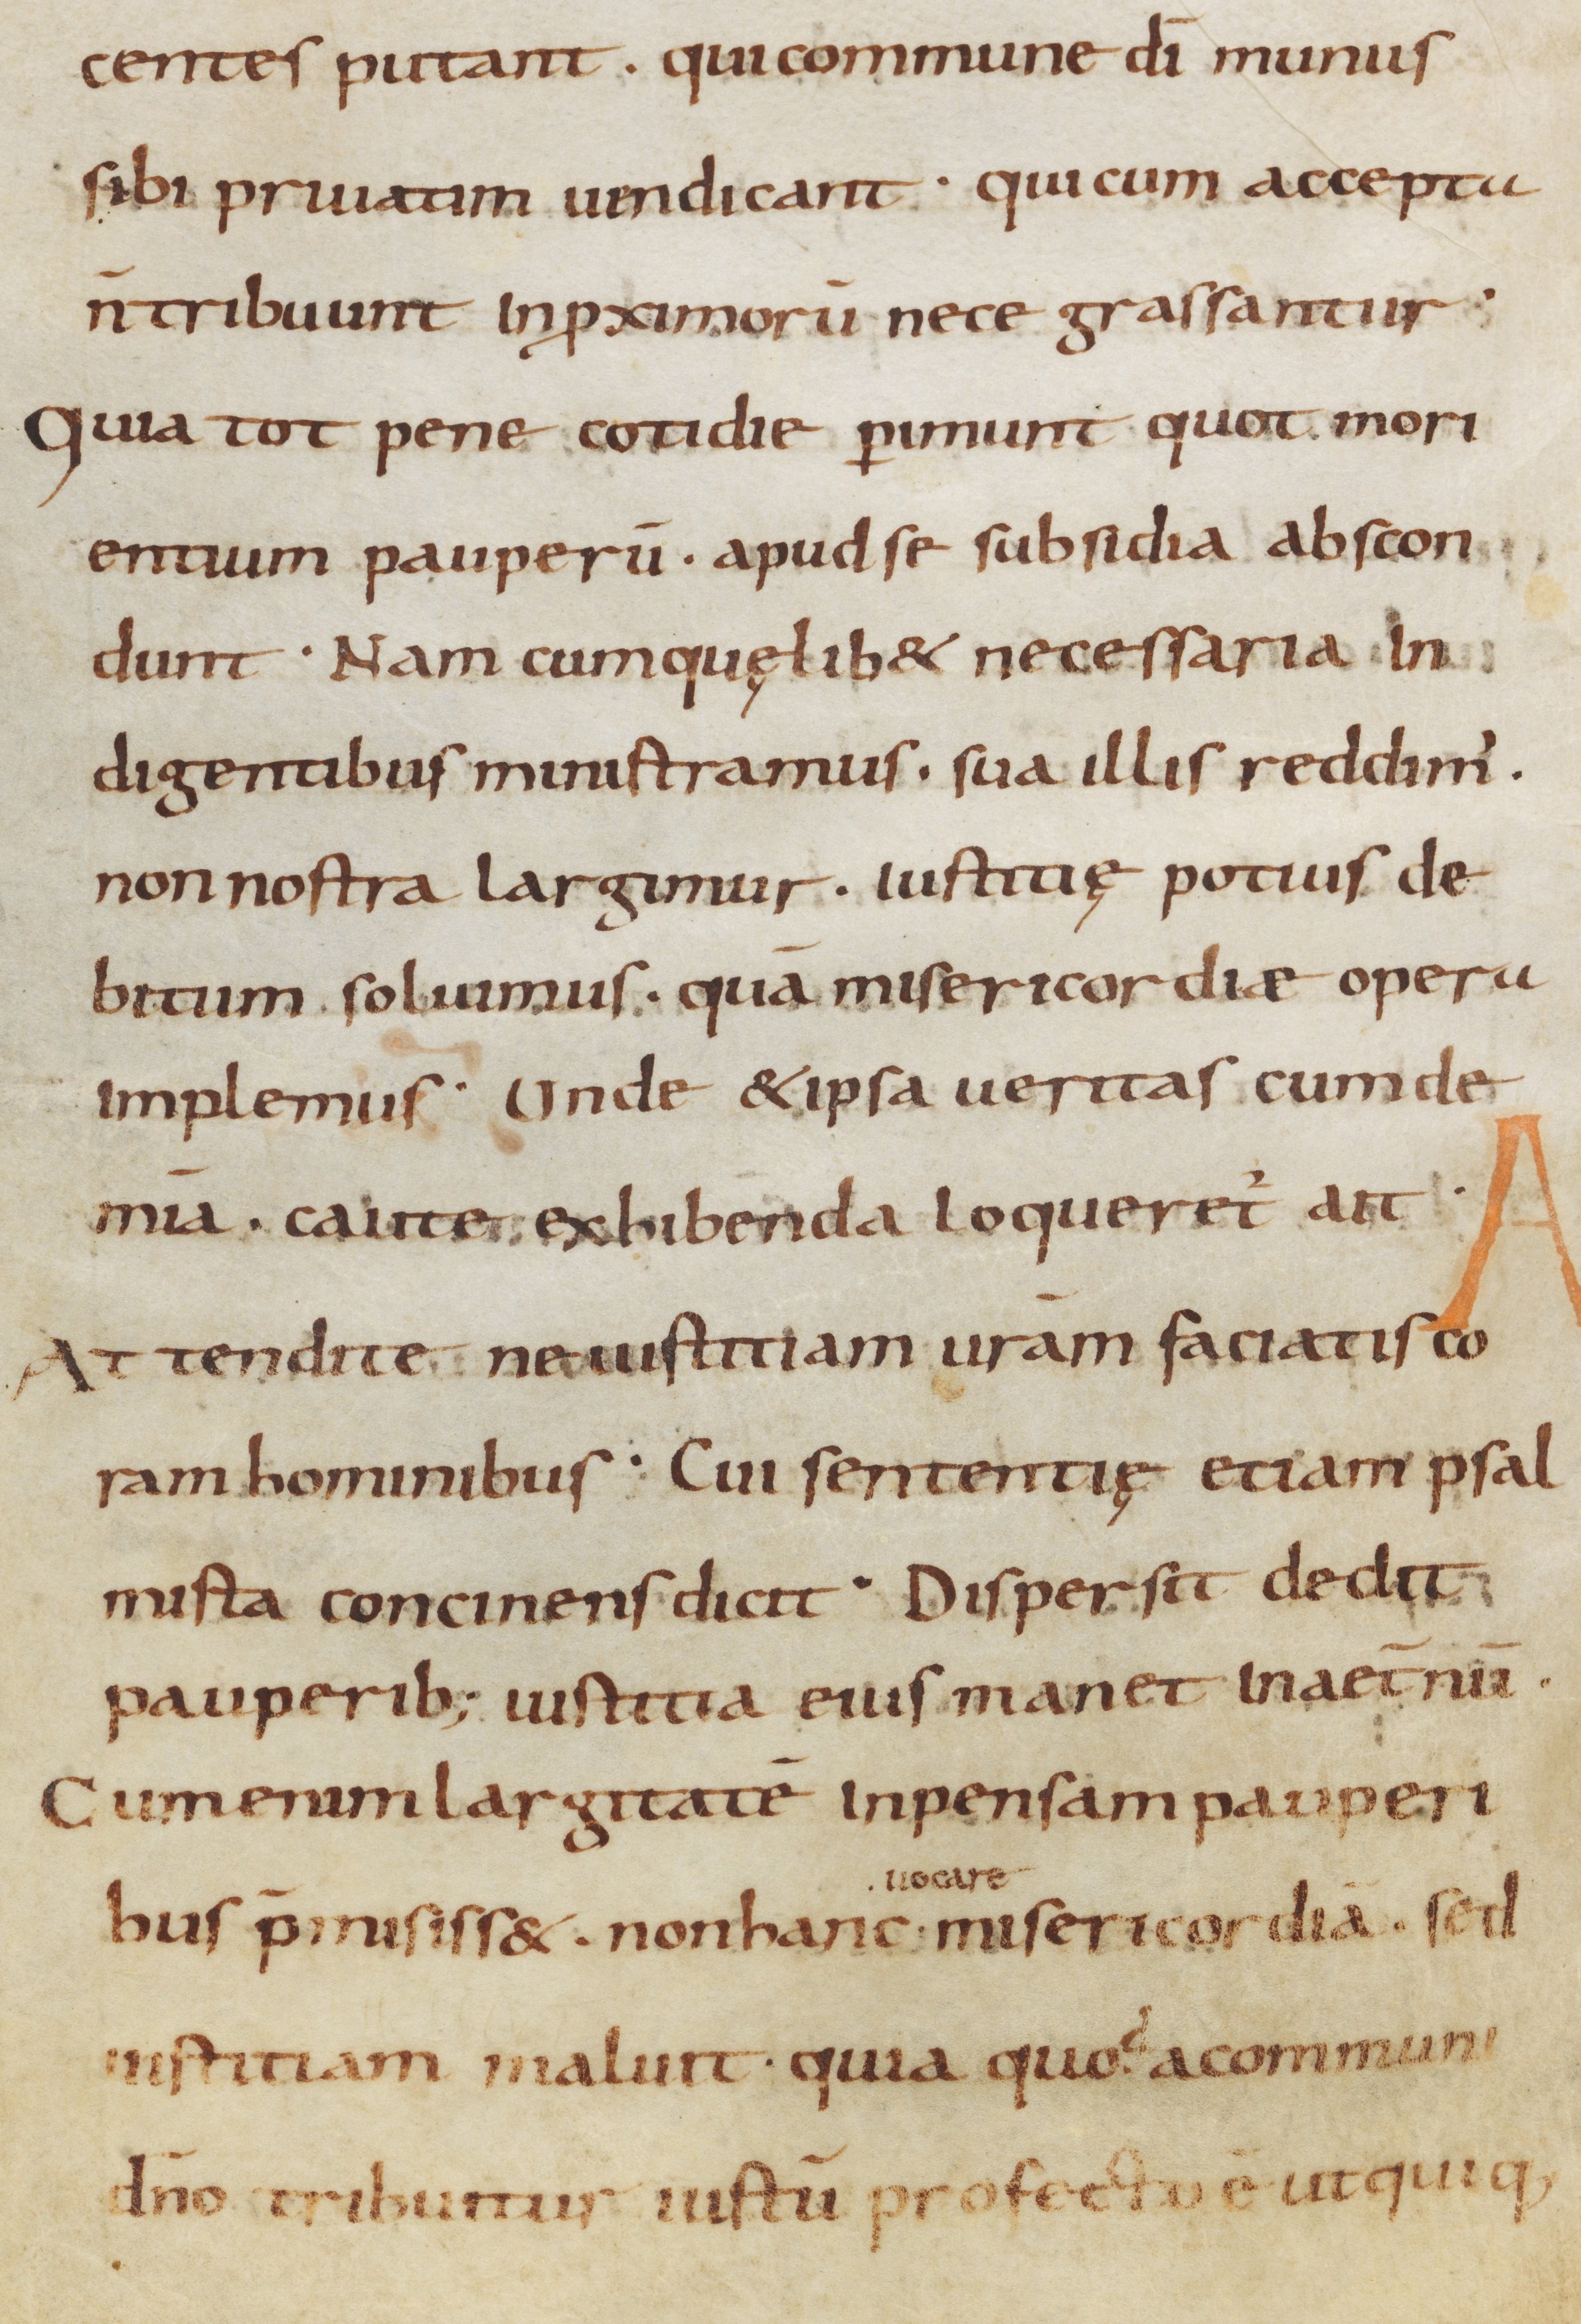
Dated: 900–999